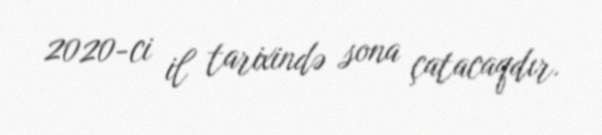
2020-ci il tarixində sona çatacaqdır.